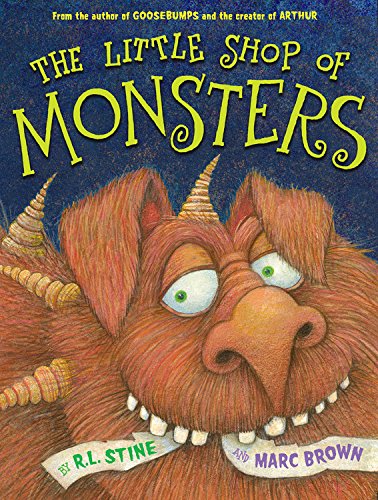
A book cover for The Little Shop of Monsters; R.L. Stine; Children's Books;